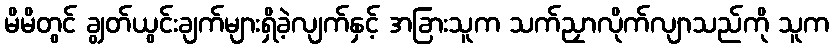
မိမိတွင် ချွတ်ယွင်းချက်များရှိခဲ့လျက်နှင့် အခြားသူက သက်ညှာလိုက်လျာသည်ကို သူက